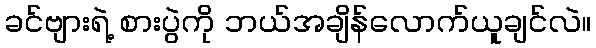
ခင်ဗျားရဲ့ စားပွဲကို ဘယ်အချိန်လောက်ယူချင်လဲ။